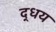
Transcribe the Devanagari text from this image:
द्धय